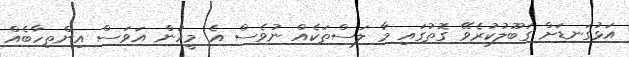
އަޅުގަނޑަށް ގަބޫލުކުރެވޭ ގޮތުގައި މާ ލަސްތަކެއް ނުވެސް އެ މީހުން އަވަސް އިންތިހާބެއް